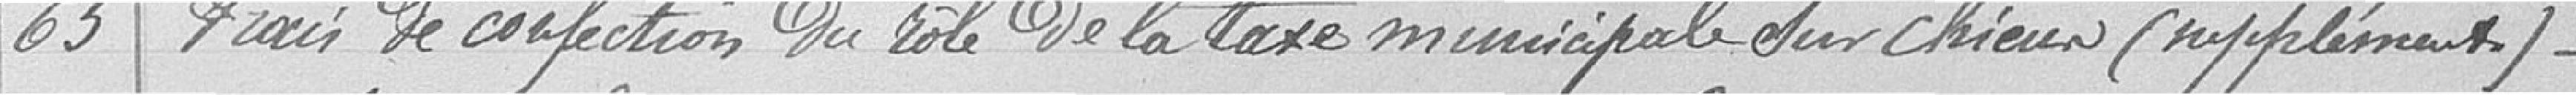
63 / Frais de confection du rôle de la taxe municipale sur chien (suppléments)